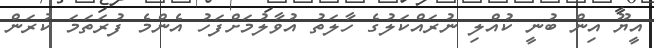
އީޔޫ އިން ބުނީ ކުއްލި ނުރައްކަލުގެ ހާލަތު އުވާލުމަށްފަހު އެންމެ ފުރަތަމަ ކުރަން